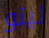
ليتو